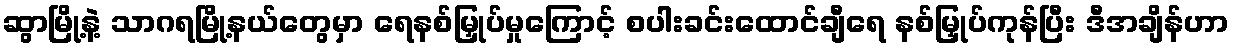
ဆွာမြို့နဲ့ သာဂရမြို့နယ်တွေမှာ ရေနစ်မြှုပ်မှုကြောင့် စပါးခင်းထောင်ချီရေ နစ်မြှုပ်ကုန်ပြီး ဒီအချိန်ဟာ